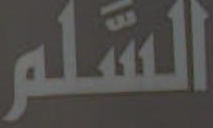
السلم